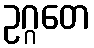
ဥဂ္ဂတေ